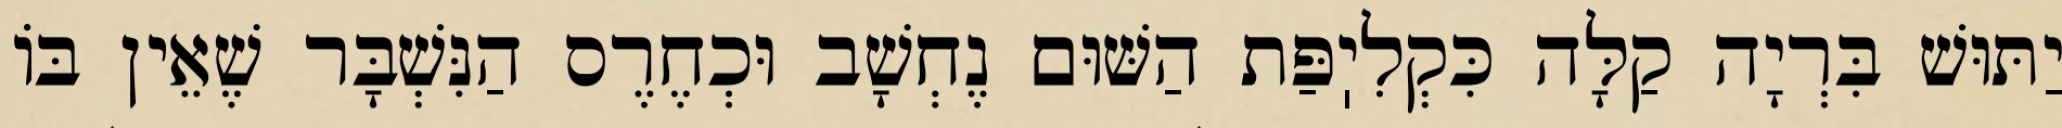
יַתּוּשׁ בִּרְיָה קַלָּה כִּקְלִיֽפַּת הַשּׁוּם נֶחְשָׁב וּכְחֶרֶס הַנִּשְׁבָּר שֶׁאֵין בּוֹ